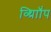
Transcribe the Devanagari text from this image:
व्थ्राॉिंप